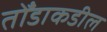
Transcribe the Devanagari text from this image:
तोँडाकडील